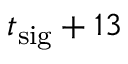
t _ { \mathrm { s i g } } + 1 3